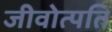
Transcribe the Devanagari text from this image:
जीवोत्पति